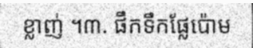
ខ្លាញ់ ។៣. ផឹកទឹកផ្លែប៉ោម